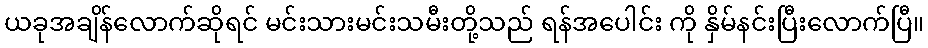
ယခုအချိန်လောက်ဆိုရင် မင်းသားမင်းသမီးတို့သည် ရန်အပေါင်း ကို နှိမ်နင်းပြီးလောက်ပြီ။